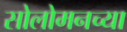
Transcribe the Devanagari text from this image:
सोलोमनच्या